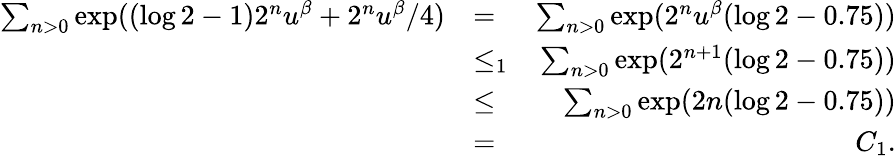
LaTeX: \begin{array}{rlr}{\sum_{n>0}\exp((\log 2-1)2^{n}u^{\beta}+2^{n}u^{\beta}/4)}&{=}&{\sum_{n>0}\exp(2^{n}u^{\beta}(\log 2-0.75))}\\ &{\leq_{1}}&{\sum_{n>0}\exp(2^{n+1}(\log 2-0.75))}\\ &{\leq}&{\sum_{n>0}\exp(2n(\log 2-0.75))}\\ &{=}&{C_{1}.}\end{array}